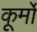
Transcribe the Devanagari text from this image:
कूर्मो